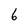
Character: 6